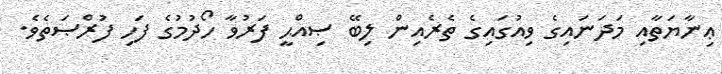
ޢިނާޔަތާއި މަދަނައިގެ ވިއުގައިގެ ތެރެއިން ލިބޭ ޞިއްޙީ ފަރުވާ ހޯދުމުގެ ފަހި ފުރްޞަތެވެ.